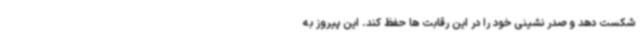
شکست دهد و صدر نشینی خود را در این رقابت ها حفظ کند. این پیروز به